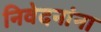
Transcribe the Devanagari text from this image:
निवेदनांना